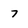
Character: 7